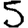
Digit: 5